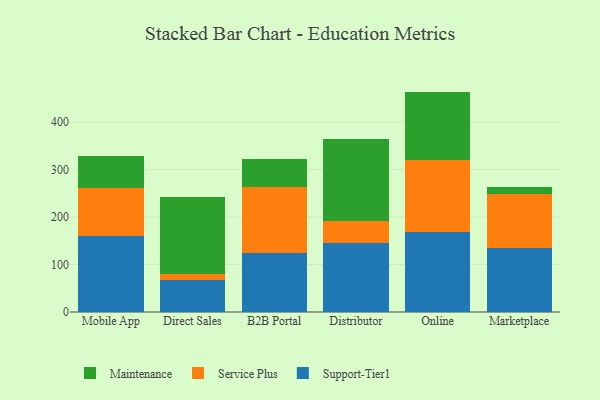
{"axis": {"x": "Channel", "y": "Backlog"}, "legend": ["Maintenance", "Service Plus", "Support-Tier1"], "data": [{"x": "Mobile App", "y": 160.4, "type": "Support-Tier1"}, {"x": "Mobile App", "y": 99.7, "type": "Service Plus"}, {"x": "Mobile App", "y": 68.3, "type": "Maintenance"}, {"x": "Direct Sales", "y": 66.8, "type": "Support-Tier1"}, {"x": "Direct Sales", "y": 13.4, "type": "Service Plus"}, {"x": "Direct Sales", "y": 162.6, "type": "Maintenance"}, {"x": "B2B Portal", "y": 123.6, "type": "Support-Tier1"}, {"x": "B2B Portal", "y": 138.3, "type": "Service Plus"}, {"x": "B2B Portal", "y": 60.6, "type": "Maintenance"}, {"x": "Distributor", "y": 145.0, "type": "Support-Tier1"}, {"x": "Distributor", "y": 46.0, "type": "Service Plus"}, {"x": "Distributor", "y": 173.2, "type": "Maintenance"}, {"x": "Online", "y": 167.6, "type": "Support-Tier1"}, {"x": "Online", "y": 151.6, "type": "Service Plus"}, {"x": "Online", "y": 144.4, "type": "Maintenance"}, {"x": "Marketplace", "y": 135.4, "type": "Support-Tier1"}, {"x": "Marketplace", "y": 113.2, "type": "Service Plus"}, {"x": "Marketplace", "y": 13.8, "type": "Maintenance"}]}